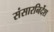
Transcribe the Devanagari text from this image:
संसारनिर्देश